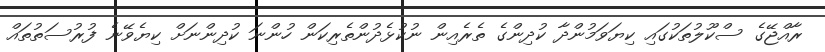
ރާއްޖޭގެ ސްކޫލުތަކުގައި ކިޔަވަމުންދާ ކުދިންގެ ތެރެއިން ނުކުޅެދުންތެރިކަން ހުންނަ ކުދިންނަށް ކިޔެވޭނެ ފުރުސަތުތައް